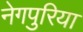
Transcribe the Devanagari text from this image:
नेगपुरिया